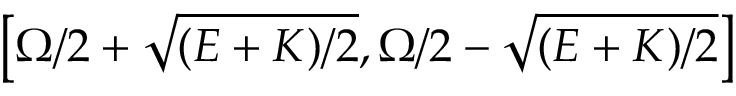
\left[ \Omega / 2 + \sqrt { ( E + K ) / 2 } , \Omega / 2 - \sqrt { ( E + K ) / 2 } \right]